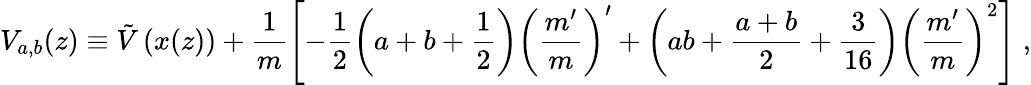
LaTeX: V_{a,b}(z)\equiv\tilde{V}\left(x(z)\right)+\frac{1}{m}\left[-\frac{1}{2}\left(a+b+\frac{1}{2}\right){\left(\frac{m^{\prime}}{m}\right)}^{\prime}+\left(ab+\frac{a+b}{2}+\frac{3}{16}\right){\left(\frac{m^{\prime}}{m}\right)}^{2}\right]\; ,